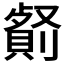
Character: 𠠋